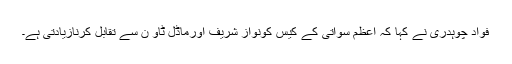
فواد چوہدری نے کہا کہ اعظم سواتی کے کیس کونواز شریف اورماڈل ٹاو ن سے تقابل کرنازیادتی ہے۔